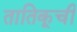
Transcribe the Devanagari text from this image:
तातिकूची